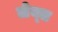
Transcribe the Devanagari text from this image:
लेय्त